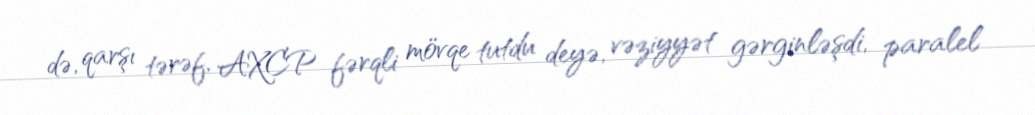
də, qarşı tərəf, AXCP fərqli mövqe tutdu deyə, vəziyyət gərginləşdi, paralel